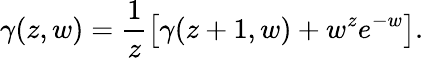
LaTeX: \gamma(z,w)=\frac{1}{z}\left[\gamma(z+1,w)+w^{z}e^{-w}\right].